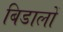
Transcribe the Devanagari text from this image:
बिडालों